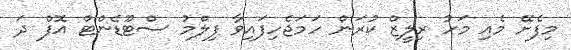
މިފެށޭ މެއި މަހު ރިލީޒް ކުރަން ހަމަޖެހިފައިވާ ފިލްމު ސްޓޫޑެންޓް އޮފް ދަ